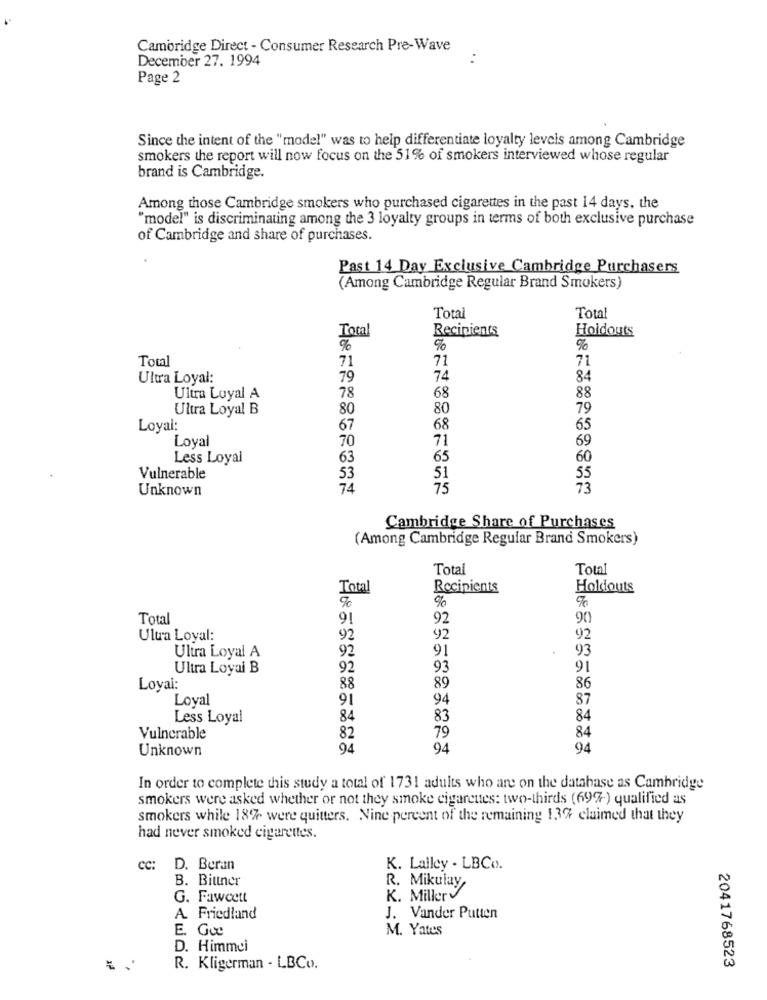
Cambridge Direct - Consumer Research Pre-Wave
December 27. 1994
..
Page 2
Since the intent of the "model" was to help differentiate loyalty levels among Cambridge
smokers the report will now focus on the 51% of smokers interviewed whose regular
brand is Cambridge.
Among those Cambridge smokers who purchased cigarettes in the past 14 days, the
"model" is discriminating among the 3 loyalty groups in terms of both exclusive purchase
of Cambridge and share of purchases.
Past 14_Day Exclusive Cambridge Purchasers
(Among Cambridge Regular Brand Smokers)
Total
Total
Total
Recipients
Holdouts
%
%
Total
71
71
71
Ultra Loyal:
79
74
84
Ultra Loyal A
78
68
88
Ultra Loyal B
80
80
79
Loyal:
67
68
65
Loyal
70
71
69
Less Loyal
63
65
60
Vulnerable
53
51
Unknown
74
75
Cambridge Share of Purchases
(Among Cambridge Regular Brand Smokers)
Total
Total
Total
Recipients
Holdouts
Total
9!
92
90
Ulua Loyal:
92
92
92
92
91
93
Ultra Loyal A
Ultra Loyal B
92
93
91
88
Loyal:
89
86
Loval
91
94
87
Less Loyal
84
83
84
Vulnerable
82
79
84
Unknown
94
94
94
In order to complete this study a total of 1731 adults who are on the database as Cambridge
smokers were asked whether or not they smoke cigarettes: two-thirds (697-) qualified as
smokers while 18% were quitters. Nine percent of the remaining 13% claimed that they
had never smoked cigarettes.
CC:
D. Beran
K. Lalley - LBCo).
B. Bittner
R. Mikulay,
G. Fawcett
K. Millery
A. Friedland
J. Vander Putten
E. Go
M. Yates
D. Himmei
2041768523
= =
R. Kligerman - LBCo.